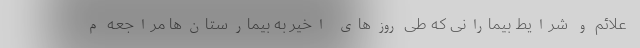
علائم و شرایط بیمارانی که طی روزهای اخیر به بیمارستان‌ها مراجعه م